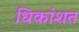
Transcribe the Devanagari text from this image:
धिकांशत